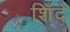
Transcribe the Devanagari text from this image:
शिँदे